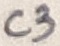
Text: C3